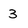
Character: 3